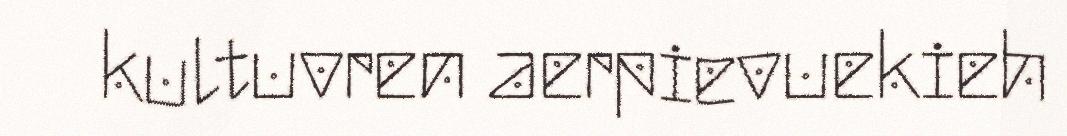
kultuvren aerpievuekieh